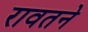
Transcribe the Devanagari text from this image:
रावतने